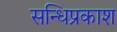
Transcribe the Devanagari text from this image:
सन्धिप्रकाश